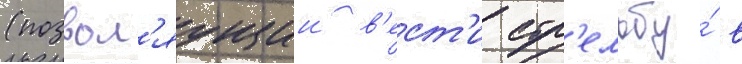
(позвол'яущии в'ест'и стр'ельбу́ в